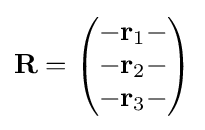
\mathbf {R} ={\begin{pmatrix}-\mathbf {r} _{1}-\\-\mathbf {r} _{2}-\\-\mathbf {r} _{3}-\end{pmatrix}}